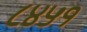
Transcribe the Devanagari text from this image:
८४५१